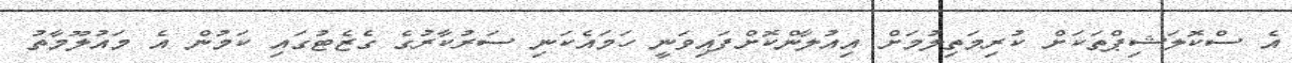
އެ ސްކޮލަޝިޕްތަކަށް ކުރިމަތިލުމަށް އިއުލާންކޮށްފައިވަނީ ހަމައެކަނި ސަރުކާރުގެ ގެޒެޓުގައި ކަމުން އެ މައުލޫމާތު